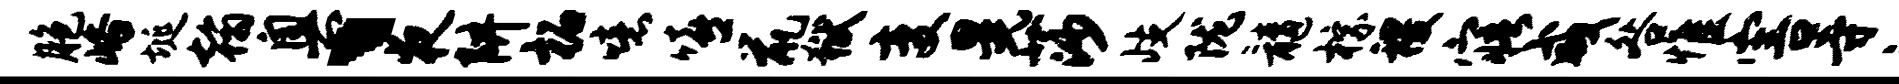
胞峪埏翰奥、夜阱柘噫嘻鼠狱变晃莎歧陇髓棕稷寤咸咎惟害寺禄